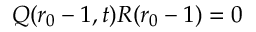
Q ( r _ { 0 } - 1 , t ) R ( r _ { 0 } - 1 ) = 0